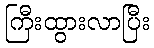
ကြီးထွားလာပြီး